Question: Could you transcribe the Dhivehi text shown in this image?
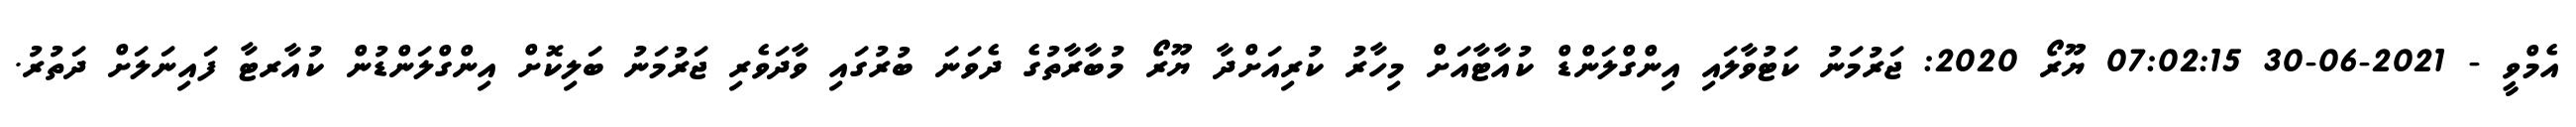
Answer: އެމްވީ - 2021-06-30 07:02:15 ޔޫރޯ 2020: ޖަރުމަނު ކަޓުވާލައި އިންގްލަންޑް ކުއާޓާއަށް މިހާރު ކުރިއަށްދާ ޔޫރޯ މުބާރާތުގެ ދެވަނަ ބުރުގައި ވާދަވެރި ޖަރުމަނު ބަލިކޮށް އިންގްލަންޑުން ކުއާރޓާ ފައިނަލަށް ދަތުރު.